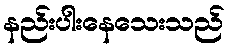
နည်းပါးနေသေးသည်